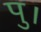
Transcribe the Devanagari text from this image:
पु।